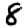
Digit: 8